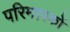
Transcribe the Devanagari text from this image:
परिमापकों